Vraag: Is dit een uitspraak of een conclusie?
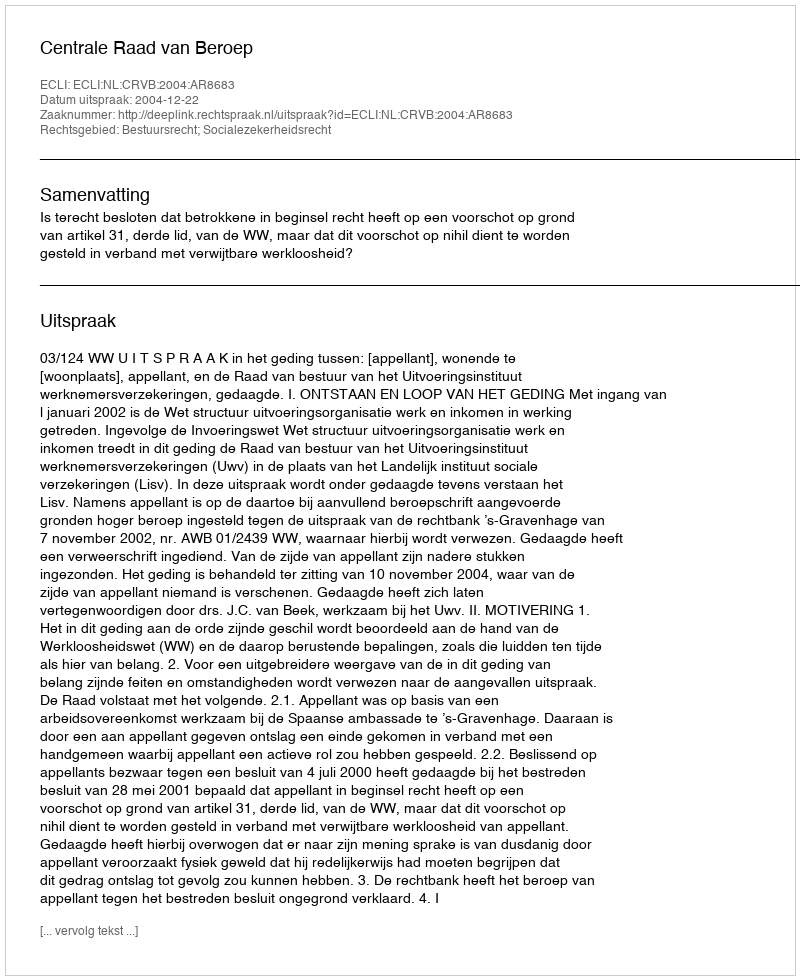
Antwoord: Uitspraak